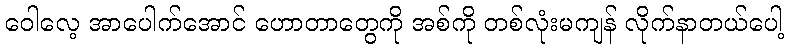
ဝေါလေ့ အာပေါက်အောင် ဟောတာတွေကို အစ်ကို တစ်လုံးမကျန် လိုက်နာတယ်ပေါ့